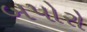
બપોરો